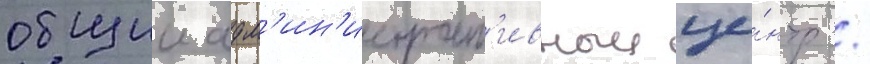
общии адм'ин'истрат'ивныи це́нтр /